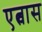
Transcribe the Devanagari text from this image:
एत्वास